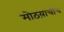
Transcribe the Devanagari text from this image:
मोठय़ांचीच